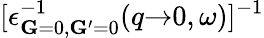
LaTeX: [\epsilon_{\mathbf{G}{=}0,\mathbf{G^{\prime}}{=}0}^{-1}(q{\rightarrow}0,\omega)]^{-1}